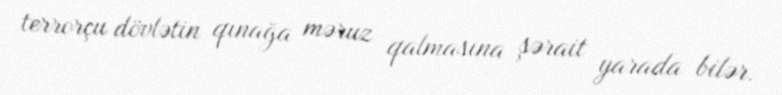
terrorçu dövlətin qınağa məruz qalmasına şərait yarada bilər.